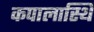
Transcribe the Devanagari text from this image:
कपालास्थि